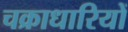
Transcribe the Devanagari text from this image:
चक्राधारियों